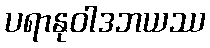
ပရာနုဝါဒဘယဿ